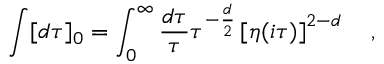
\int [ d \tau ] _ { 0 } = \int _ { 0 } ^ { \infty } \frac { d \tau } { \tau } \tau ^ { - \frac { d } { 2 } } \left[ \eta ( i \tau ) \right] ^ { 2 - d } \quad ,